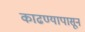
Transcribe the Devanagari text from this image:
काढण्यापासून